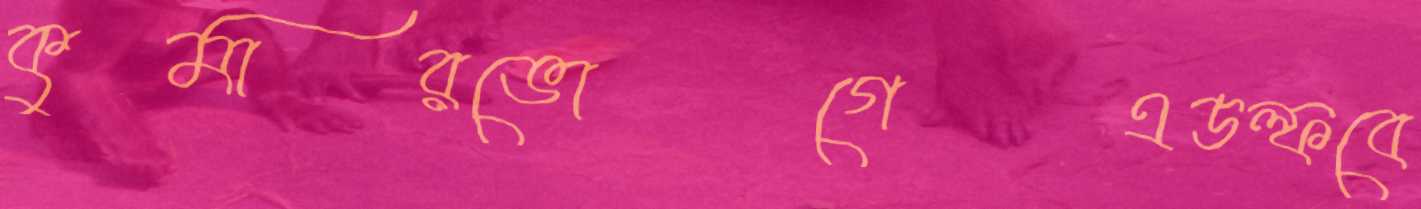
কুমারভোগেএডল্ফবে